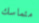
متماسك